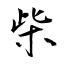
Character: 柴